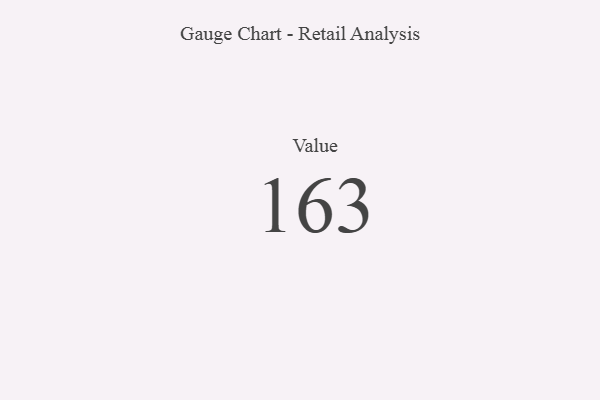
{"axis": {"x": "Metric", "y": "Value"}, "legend": [""], "data": [{"x": "Value", "y": 163, "type": ""}]}